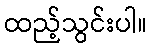
ထည့်သွင်းပါ။